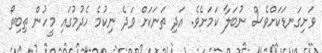
ވަށިގަނޑަކަށްވެސް ނުބަލާ ކަމަށެވެ. އަދި ތަނަކަށް ވަދެ ނިކުމެ ހެދުމުގައި މީހުން ތިބިތޯ